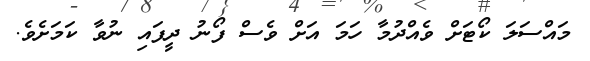
މައްސަލަ ކޯޓަށް ވެއްދުމާ ހަމަ އަށް ވެސް ފޯނު ދީފައި ނުވާ ކަމަށެވެ.